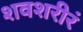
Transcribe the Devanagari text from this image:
शवशरीरं